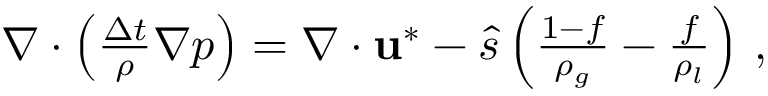
\begin{array} { r } { \nabla \cdot \left( \frac { \Delta t } { \rho } \nabla p \right) = \nabla \cdot \mathbf { u } ^ { * } - \hat { s } \left( \frac { 1 - f } { \rho _ { g } } - \frac { f } { \rho _ { l } } \right) \, , } \end{array}